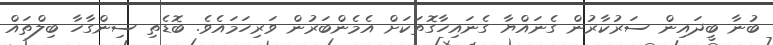
ބުނާ ބީދައިން ސަރުކާރުން ގެނައްޔާ ގެނައިހާގޮތަކަށް އެމެންބަރުން ވަރިހަމައެވެ. ބޮޑެތި ސިންގާހާ ބިލްތައް